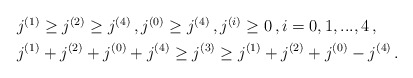
\begin{align*}\begin{aligned}& j^{(1)}\geq j^{(2)} \geq j^{(4)} \,,j^{(0)} \geq j^{(4)} \,, j^{(i)}\geq 0\,,i=0,1,...,4\,,\\&j^{(1)}+j^{(2)}+j^{(0)}+j^{(4)} \geq j^{(3)}\geq j^{(1)}+j^{(2)}+j^{(0)}-j^{(4)}\,. \end{aligned}\end{align*}